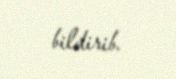
bildirib.